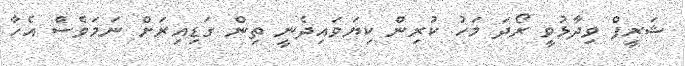
ޝަރީފް ވިދާޅުވީ ރޯދަ މަހު ކުރިން ކިޔަވައިދެނީ ތިން ގަޑިއިރަށް ނަމަވެސް އެހާ